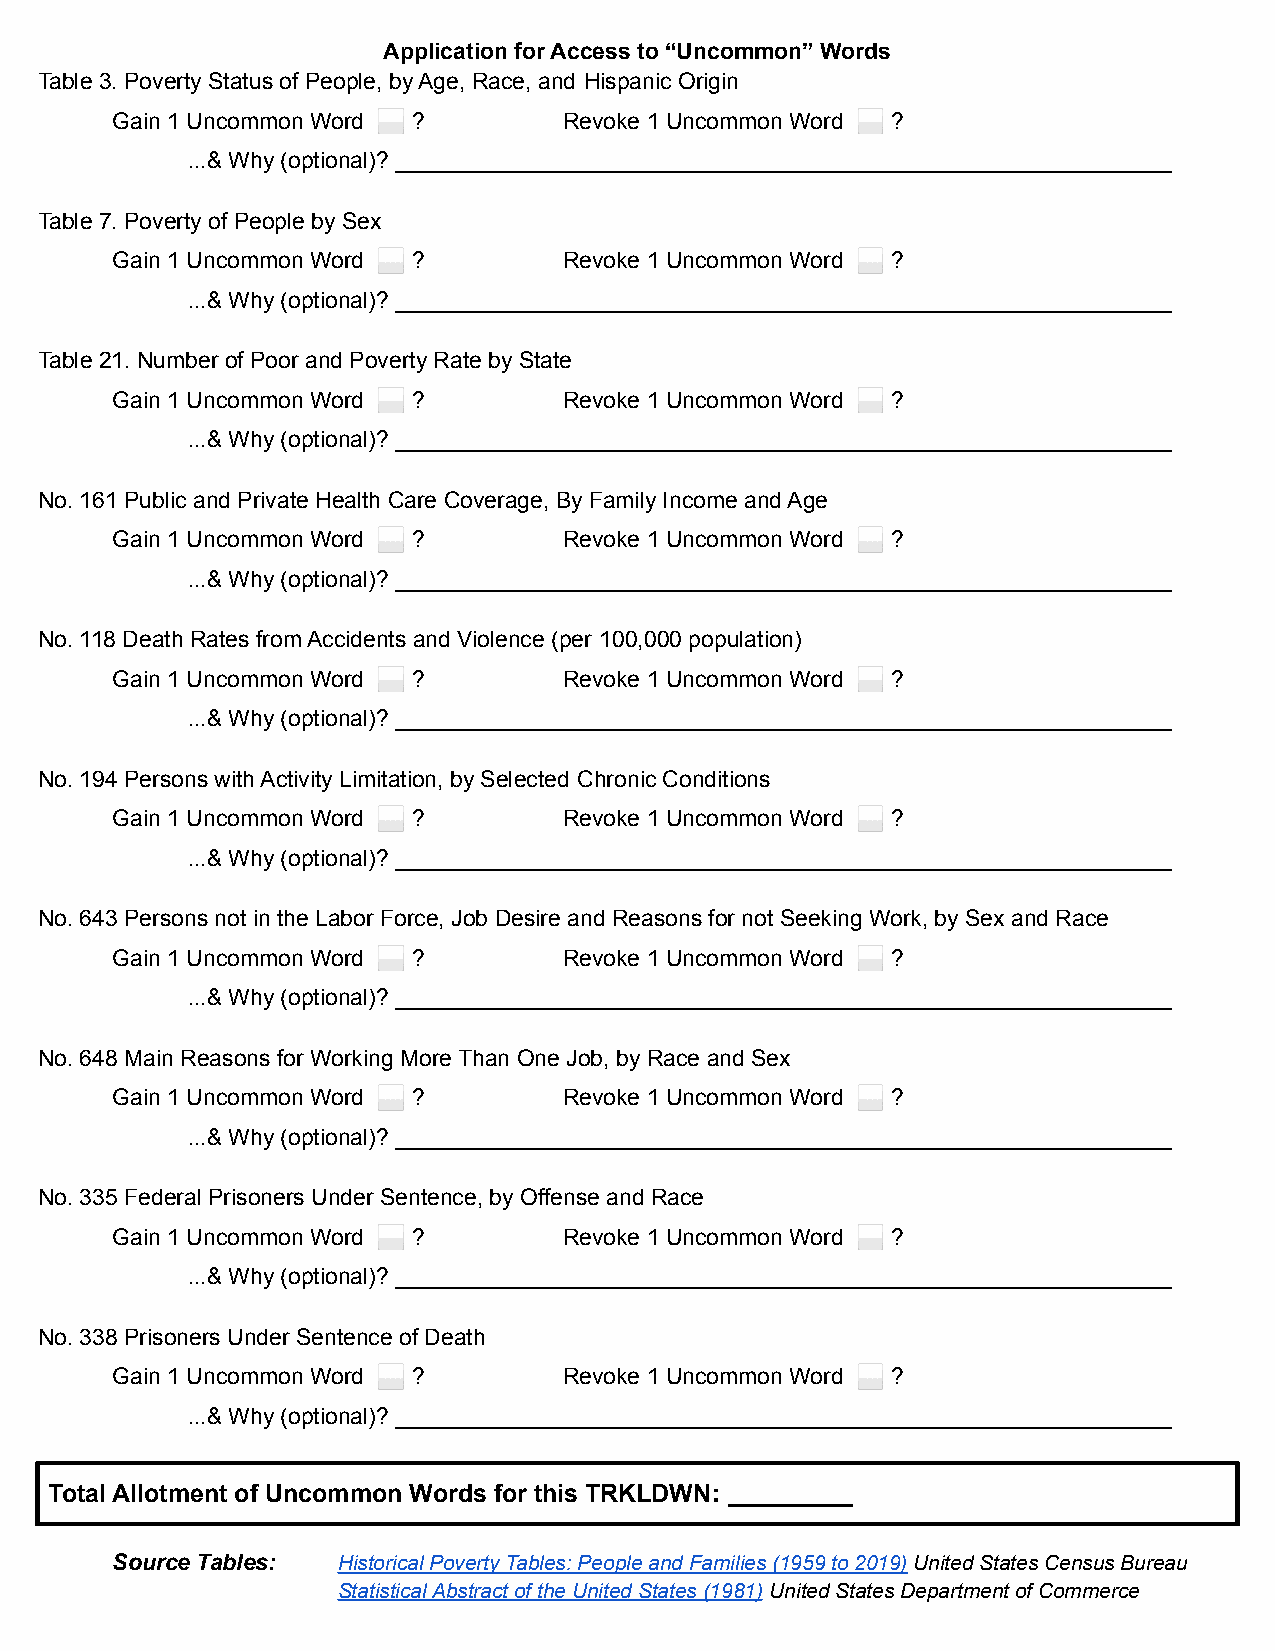
Application for Access to “Uncommon” Words
 Table 3. Poverty Status of People, by Age, Race, and Hispanic Origin
 Gain 1 Uncommon Word ⬜ ?      Revoke 1 Uncommon Word ⬜ ?
 ...& Why (optional)? _____________________________________________________________
 Table 7. Poverty of People by Sex
 Gain 1 Uncommon Word ⬜ ?      Revoke 1 Uncommon Word ⬜ ?
 ...& Why (optional)? _____________________________________________________________
 Table 21. Number of Poor and Poverty Rate by State
 Gain 1 Uncommon Word ⬜ ?      Revoke 1 Uncommon Word ⬜ ?
 ...& Why (optional)? _____________________________________________________________
 No. 161 Public and Private Health Care Coverage, By Family Income and Age
 Gain 1 Uncommon Word ⬜ ?      Revoke 1 Uncommon Word ⬜ ?
 ...& Why (optional)? _____________________________________________________________
 No. 118 Death Rates from Accidents and Violence (per 100,000 population)
 Gain 1 Uncommon Word ⬜ ?      Revoke 1 Uncommon Word ⬜ ?
 ...& Why (optional)? _____________________________________________________________
 No. 194 Persons with Activity Limitation, by Selected Chronic Conditions
 Gain 1 Uncommon Word ⬜ ?      Revoke 1 Uncommon Word ⬜ ?
 ...& Why (optional)? _____________________________________________________________
 No. 643 Persons not in the Labor Force, Job Desire and Reasons for not Seeking Work, by Sex and Race
 Gain 1 Uncommon Word ⬜ ?      Revoke 1 Uncommon Word ⬜ ?
 ...& Why (optional)? _____________________________________________________________
 No. 648 Main Reasons for Working More Than One Job, by Race and Sex
 Gain 1 Uncommon Word ⬜ ?      Revoke 1 Uncommon Word ⬜ ?
 ...& Why (optional)? _____________________________________________________________
 No. 335 Federal Prisoners Under Sentence, by Offense and Race
 Gain 1 Uncommon Word ⬜ ?      Revoke 1 Uncommon Word ⬜ ?
 ...& Why (optional)? _____________________________________________________________
 No. 338 Prisoners Under Sentence of Death
 Gain 1 Uncommon Word ⬜ ?      Revoke 1 Uncommon Word ⬜ ?
 ...& Why (optional)? _____________________________________________________________
 Total Allotment of Uncommon Words for this TRKLDWN: _________
 Source Tables: Historical Poverty Tables: People andFamilies (1959 to 2019)United States Census Bureau
 Statistical Abstract of the United States (1981) UnitedStates Department of Commerce